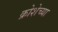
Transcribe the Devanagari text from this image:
क्रोशेच्या